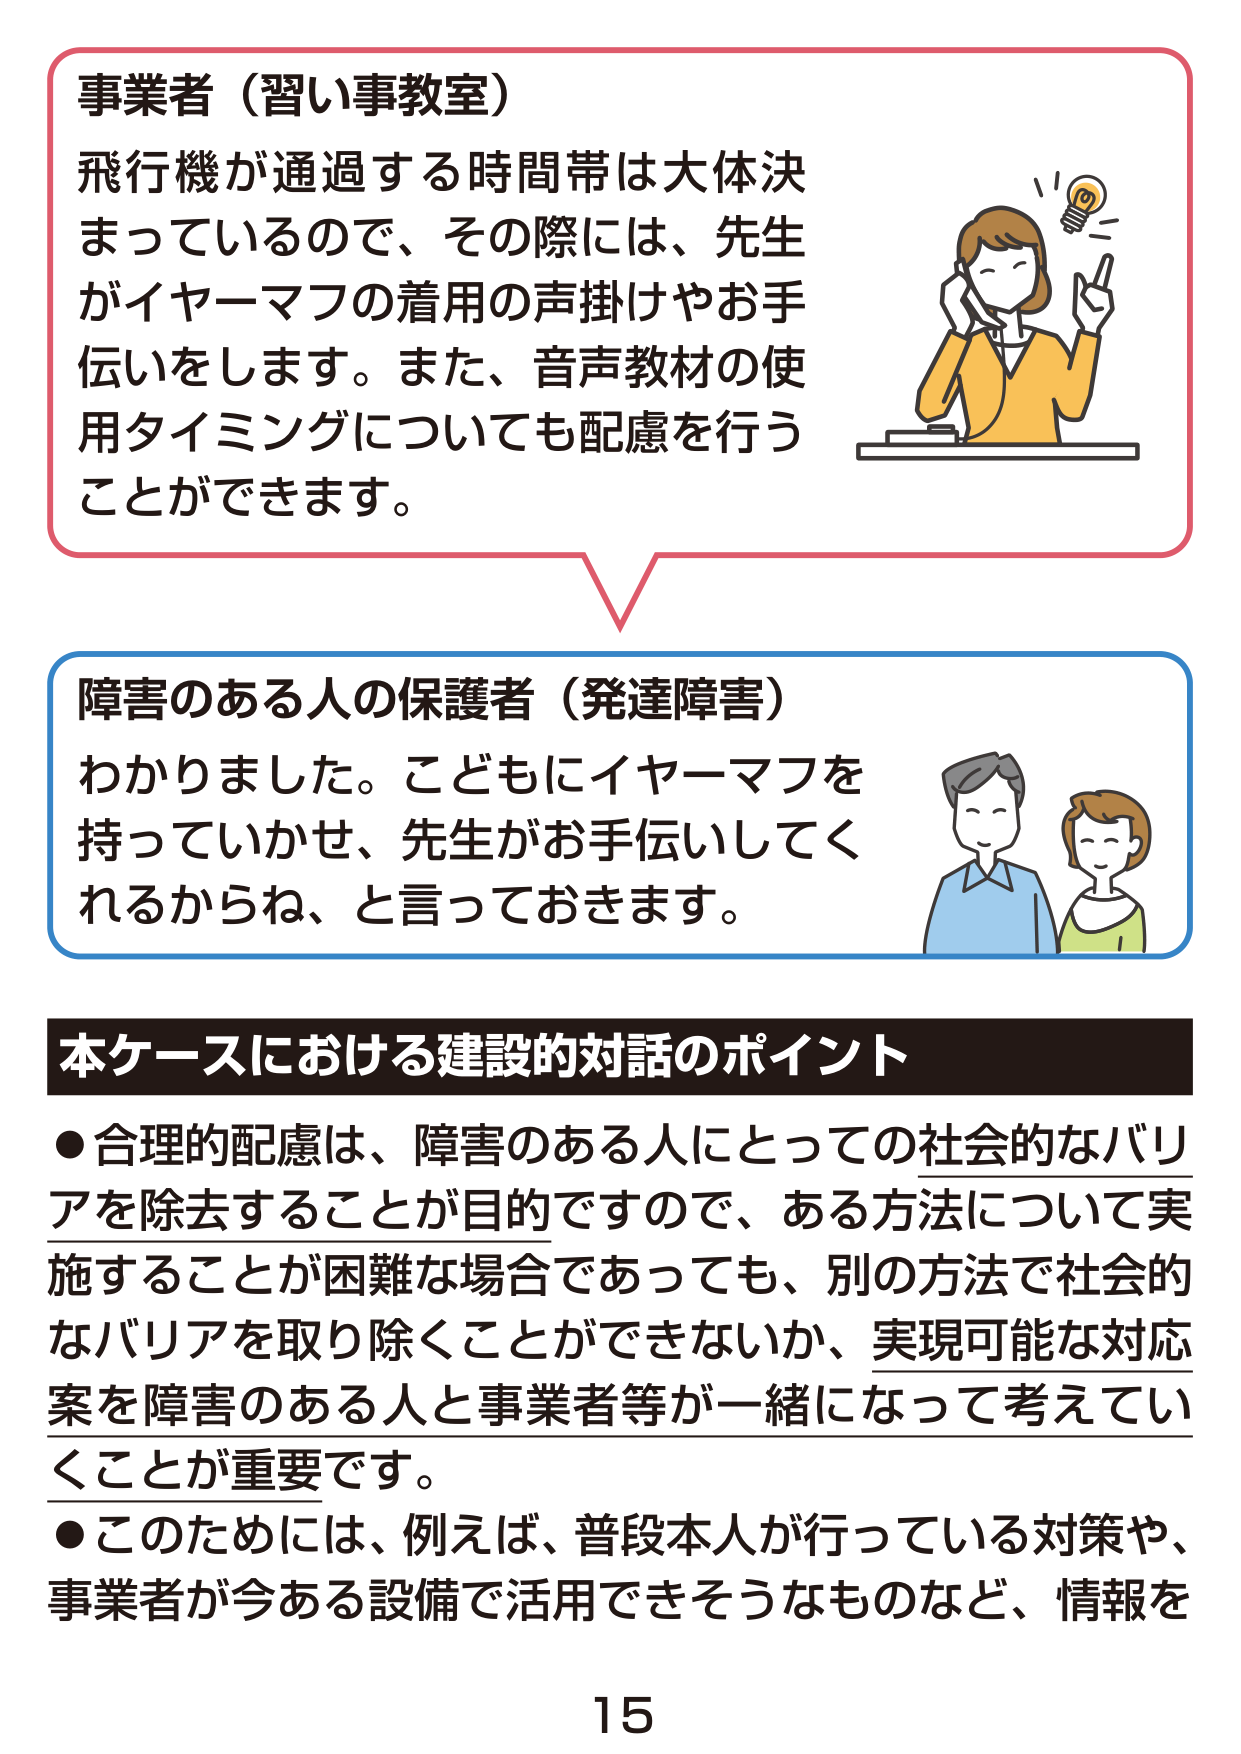
事業者（習い事教室）
飛行機が通過する時間帯は大体決まっているので、その際には、先生がイヤーマフの着用の声掛けやお手伝いをします。また、音声教材の使用タイミングについても配慮を行うことができます。

障害のある人の保護者（発達障害）
わかりました。こどもにイヤーマフを持っていかせ、先生がお手伝いしてくれるからね、と言っておきます。

本ケースにおける建設的対話のポイント
●合理的配慮は、障害のある人にとっての社会的なバリアを除去することが目的ですので、ある方法について実施することが困難な場合であっても、別の方法で社会的なバリアを取り除くことができないか、実現可能な対応案を障害のある人と事業者等が一緒になって考えていくことが重要です。
●このためには、例えば、普段本人が行っている対策や、事業者が今ある設備で活用できそうなものなど、情報を

15